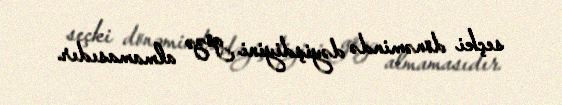
seçki dönəmində dəyişdiyini gözə almamasıdır.